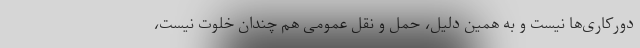
دورکاری‌ها نیست و به همین دلیل، حمل و نقل عمومی هم چندان خلوت نیست،